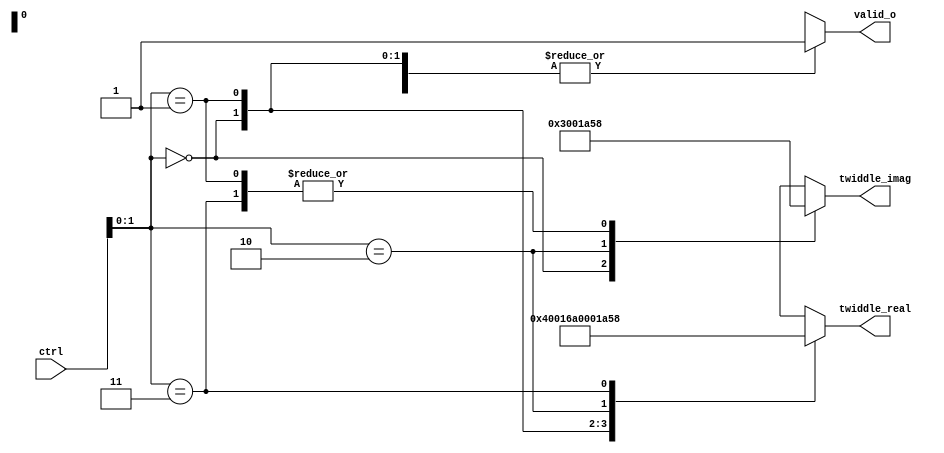
`timescale 1ns / 1ps
//////////////////////////////////////////////////////////////////////////////////
// Company: 
// Engineer: 
// 
// Design Name: 
// Module Name: FFT8_ROM8
// Project Name: 
// Target Devices: 
// Tool Versions: 
// Description: 
// 
// Dependencies: 
// 
// Revision:
// Revision 0.01 - File Created
// Additional Comments:
// 
//////////////////////////////////////////////////////////////////////////////////


module FFT8_ROM8 #(
    parameter W_WL=13
    )(
    output reg            valid_o,      //valid output
    output reg [W_WL-1:0] twiddle_real, //real part of twiddle factor
    output reg [W_WL-1:0] twiddle_imag, //imag part of twiddle factor
    input      [2:0]      ctrl
    );
    localparam W_D8_U0=2'b00;           //W_8^0
    localparam W_D8_U1=2'b01;           //W_8^1
    localparam W_D8_U2=2'b10;           //W_8^2
    localparam W_D8_U3=2'b11;           //W_8^3

    wire [1:0] multi_state;             //multi_state=0, 1, 2, 3 :W_8^(0:3)
    
    assign multi_state=ctrl[1:0];
    
    always @(multi_state)
        case(multi_state)
            W_D8_U0: begin
                twiddle_real= 13'd2048;
                twiddle_imag= 13'd0;
                valid_o=1;
                end
            W_D8_U1: begin
                twiddle_real= 13'd1448;
                twiddle_imag=-13'd1448;
                valid_o=1;
                end
            W_D8_U2: begin
                twiddle_real= 13'd0;
                twiddle_imag=-13'd2048;
                valid_o=1;
                end
            W_D8_U3: begin
                twiddle_real=-13'd1448;
                twiddle_imag=-13'd1448;
                valid_o=1;
                end
            default: begin
                twiddle_real= 13'd0;
                twiddle_imag= 13'd0;
                valid_o=0;
                end
        endcase
endmodule